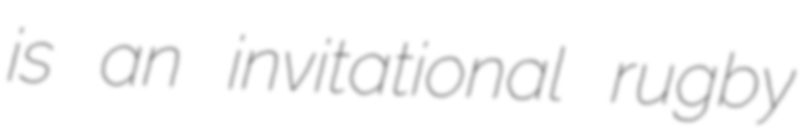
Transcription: is an invitational rugby